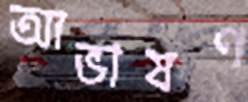
আভাষণ